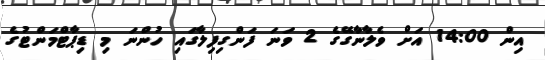
އިން 14:00 އަށް ވެލާނާގޭގެ 2 ވަނަ ފަންގިފިލާގައި ހުންނަ މި ޑިޕާޓްމަންޓުގެ